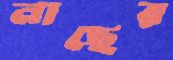
নাছের